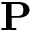
\mathbf { P }